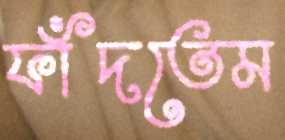
ফাঁদতেম